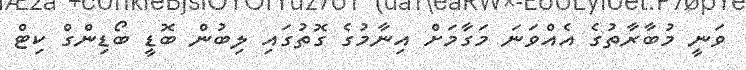
ވަނީ މުބާރާތުގެ އެއްވަނަ މަގާމަށް އިނާމުގެ ގޮތުގައި ލިބުން ބޮޑީ ބޯޑިންގް ކިޓް